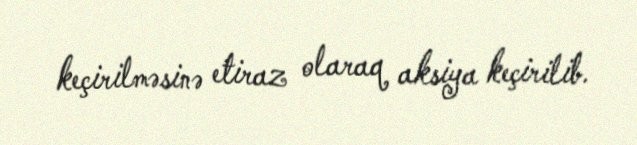
keçirilməsinə etiraz olaraq aksiya keçirilib.